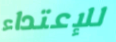
للإعتداء